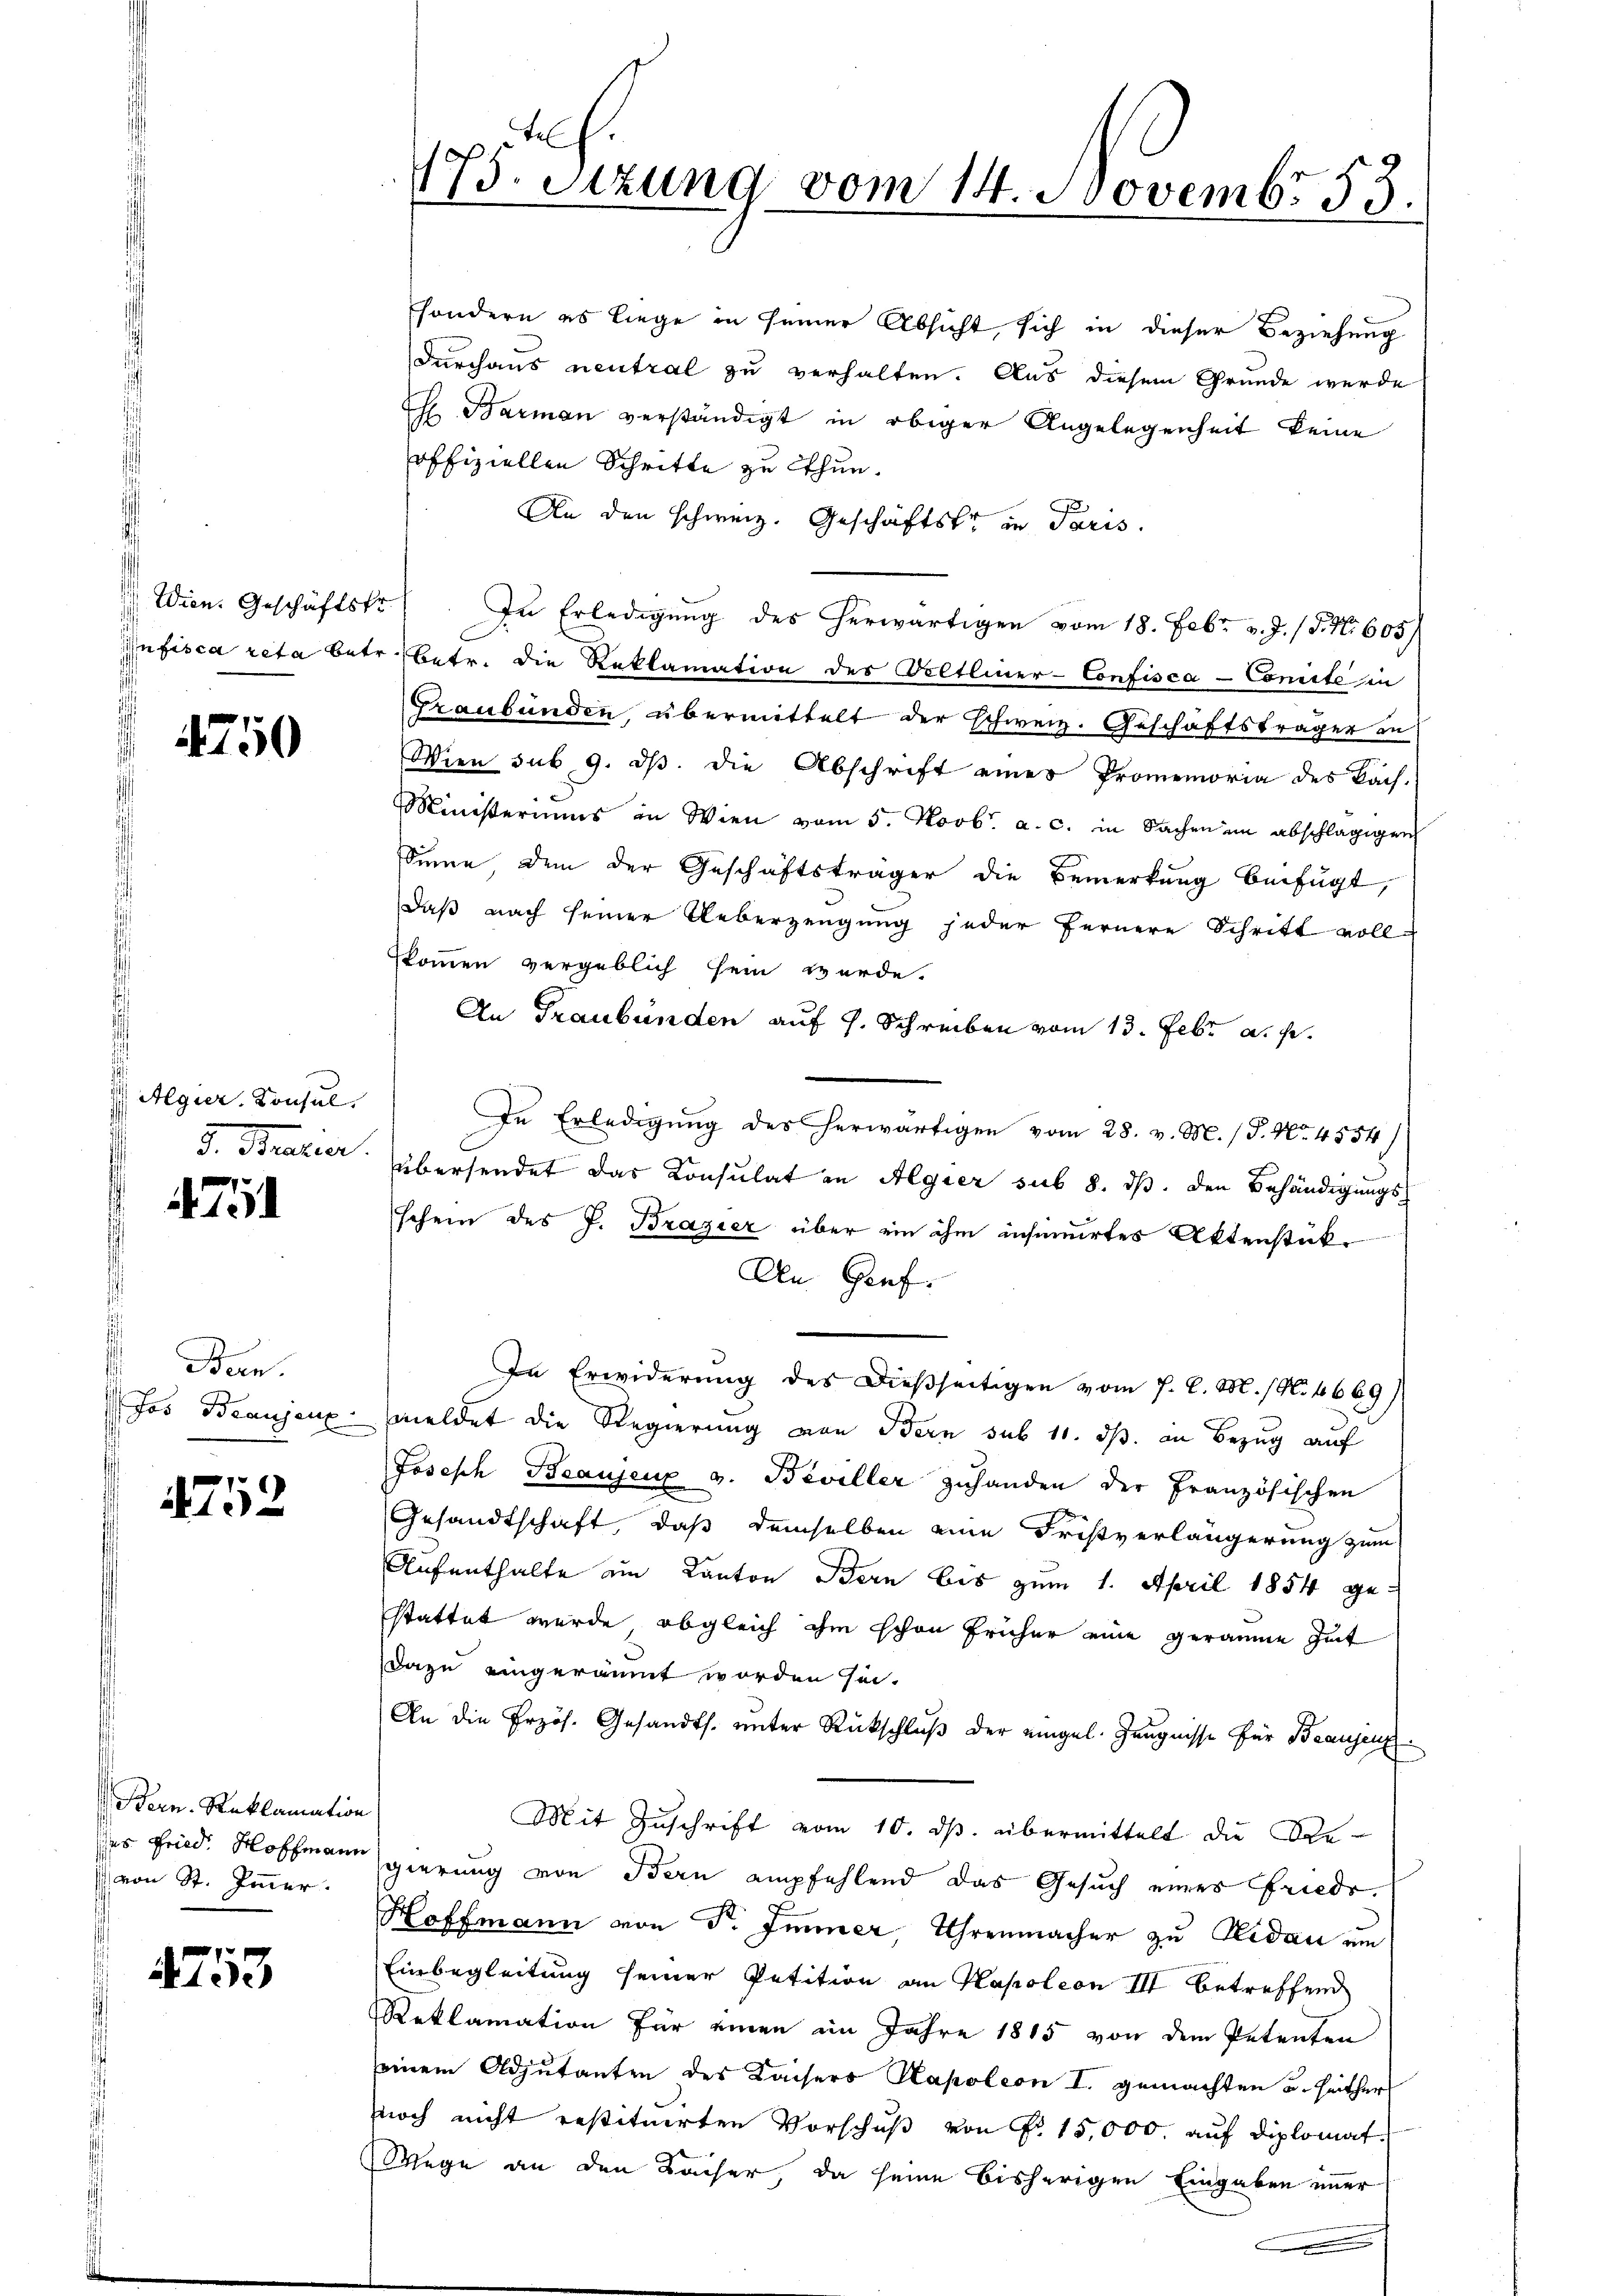
Wien. Geschäftskr

4750

s
 Algier, Konsul
3. Brater

4751

Bern.
Jos Braujenz:

4752

Bern. Reklamation
 von St. Immer.

4753

th.
175. Sitzung vom 14. Novembr 53.

sondern es liege in seiner Absicht, sich in dieser Beziehung
durchaus neutral zu verhalten. Aus diesem Grunde werde
s
T Barmen verständigt in obiger Angelegenheit keine
offiziellen Schritte zu thun.
An den schweiz. Geschäftste in Paris.
In Erledigung des herwärtigen vom 18. Febr. v. J. P. Nr. 605)
nfisca reta betr. betr. die Reklamation des Oeltliner-Confisca - Comite in
Graubünden, übermittelt der schweiz. Geschäftsträger in
Wien sub 9. ds. die Abschrift einer Promemoria des Bach-
Ministeriums in Wien vom 5. Novbr. a. c. in Sachen in abschlägigen
Sinne, dem der Geschäftsträger die Bemerkung beifügt,
daß nach seiner Ueberzeugung jeder fernere Schritt vollskommen vergeblich sein werde.
An Graubünden auf s. Schreiben vom 13. Febr. a. p.
In Erledigung des herwärtigen vom 28. v. M. / P. Nr. 4554/
übersendet das Konsulat an Algier sub 8. ds. den Behändigungs
schein des J. Brazier über ein ihm insinuirtes Aktenstük¬
An Genf.
In Erwiderung des Dießseitigen vom 7. d. M. (N. 4669)
meldet die Regierung von Bern sub 11. ds. in Bezug auf
Joseph Beaujenz v. Beviller zuhanden der Französischen
Gesandtschaft, daß demselben eine Fristverlängerung zum
Aufenthalte am Kanton Bern bis zum 1. April 1854 gestattet werde, obgleich ihm schon früher eine geräume Zeit
Dazu eingeräumt worden sei.
An die Erzös. Gesandts. unter Rückschluß der eingel. Zeugnisse für Beaugenz
Mit Zŭschrift vom 10. ds. übermittelt die Be-
es Fried. Hoffmann gierung von Bern empfehlend das Gesuch eines Friedr.
Hoffmann von Dr. Immer, Uhrenmacher zu Nidau am
Einbegleitung seiner Petition an Hapoleon III betreffend
Reklamation für einen im Jahre 1815 von dem Petenten
seinem Adjutanten des Kaisers Kapoleon I. gemachten u. Heither
noch nicht erstituierten Vorschuß von P. 15,000. auf diplomat
Wege an den Kaiser, da seine bisherigen Eingaben immer